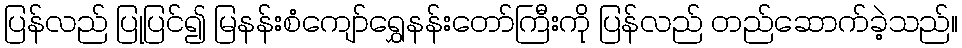
ပြန်လည် ပြုပြင်၍ မြနန်းစံကျော်ရွှေနန်းတော်ကြီးကို ပြန်လည် တည်ဆောက်ခဲ့သည်။